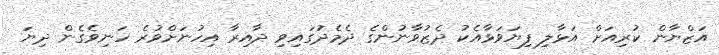
އަޒްޔާން ކުރިއަށް އަޅާލި ފިޔަވަޅާއެކު ދެޒުވާނުންގެ ދެމެދުގައިވި ދާއިރާ އިހުނަށްވުރެ ހަނިވެގެން ދިޔަ